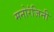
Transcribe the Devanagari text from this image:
मनोरंजिनी